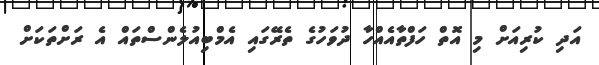
އަދި ކުރިއަށް މި އޮތް ހަފްތާއެއްހާ ދުވަހުގެ ތެރޭގައި އެމްބިއުލެންސްތައް އެ ރަށްތަކަށް